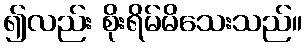
၍လည်း စိုးရိမ်မိသေးသည်။